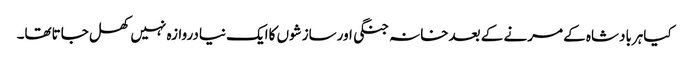
کیاہربادشاہ کے مرنے کے بعدخانہ جنگی اورسازشوں کاایک نیادروازہ نہیں کھل جاتاتھا۔